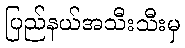
ပြည်နယ်အသီးသီးမှ